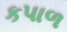
કપાળ